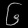
Digit: ၆